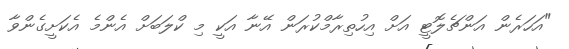
"އަހަރެން އަންޗެލޮޓީ އަށް އިހުތިރާމްކުރަން އޭނާ އަކީ މި ކްލަބަށް އެންމެ އެކަށީގެންވާ